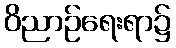
ဝိညာဉ်ရေးရာ၌